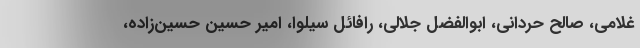
غلامی، صالح حردانی، ابوالفضل جلالی، رافائل سیلوا، امیر حسین حسین‌زاده،